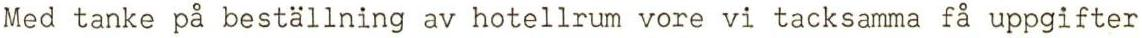
Med tanke på beställning av hotellrum vore vi tacksamma få uppgifter